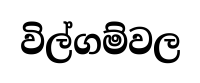
විල්ගම්වල